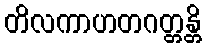
တိလကာဟတဂတ္တန္တိ